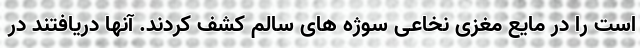
است را در مایع مغزی نخاعی سوژه های سالم کشف کردند. آنها دریافتند در